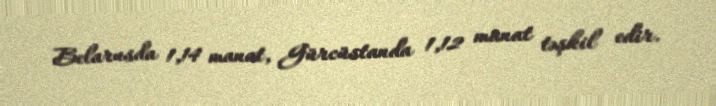
Belarusda 1,14 manat, Gürcüstanda 1,12 manat təşkil edir.